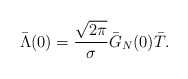
\begin{align*}\bar\Lambda(0)=\frac{\sqrt{2\pi}}{\sigma}\bar G_N (0)\bar T.\end{align*}